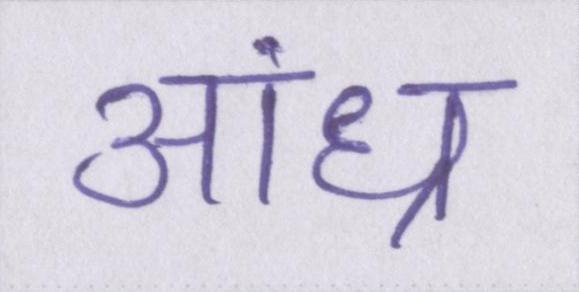
आंध्र